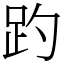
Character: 趵